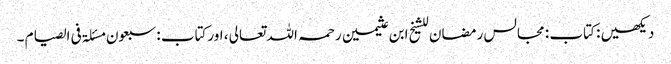
دیکھیں : کتاب : مجالس رمضان للشیخ ابن عثیمین رحمہ اللہ تعالی ، اورکتاب : سبعون مسئلۃ فی الصیام ۔